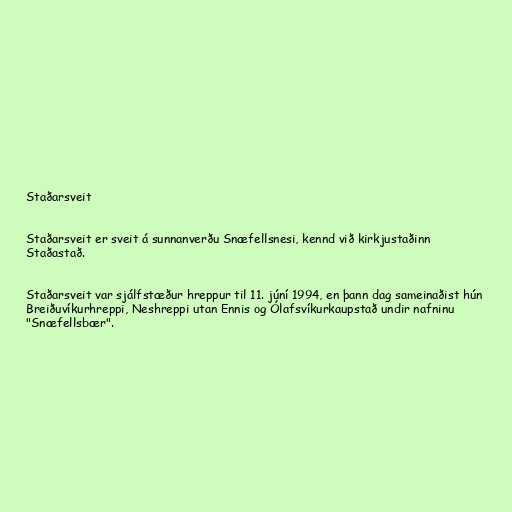
Staðarsveit

Staðarsveit er sveit á sunnanverðu Snæfellsnesi, kennd við kirkjustaðinn
Staðastað.

Staðarsveit var sjálfstæður hreppur til 11. júní 1994, en þann dag sameinaðist hún
Breiðuvíkurhreppi, Neshreppi utan Ennis og Ólafsvíkurkaupstað undir nafninu
"Snæfellsbær".